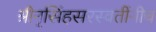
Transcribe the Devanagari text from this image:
श्रीनृसिंहसरस्वतींनीच